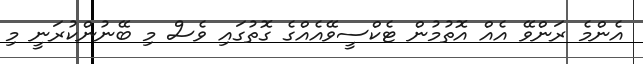
އެންމެ ރަންވޭ އެއް އޮތުމުން ޓެކްސީވޭއެއްގެ ގޮތުގައި ވެސް މި ބޭނުންކުރަނީ މި